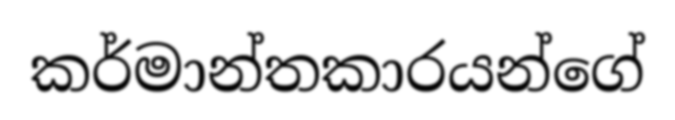
කර්මාන්තකාරයන්ගේ